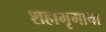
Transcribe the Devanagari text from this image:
शहामृगाचा